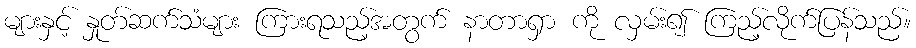
များနှင့် နှုတ်ဆက်သံများ ကြားရသည့်အတွက် နာတာရှာ ကို လှမ်း၍ ကြည့်လိုက်ပြန်သည်။